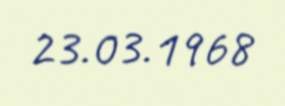
23.03.1968